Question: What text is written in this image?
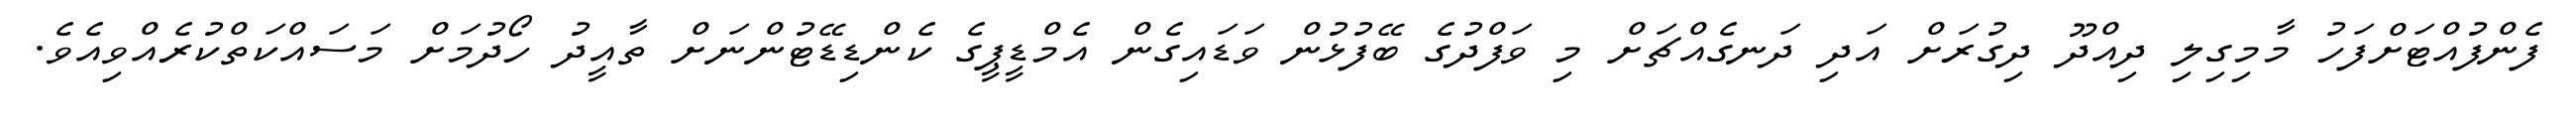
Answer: ފެންފުއްޓަށްފަހު މާމިގިލި ދިއްދޫ ދިގުރަށް އަދި ދަނގެއްޗަށް މި ވަފްދުގެ ބޭފުޅުން ވަޑައިގެން އެމްޑީޕީގެ ކެންޑިޑޭޓުންނަށް ތާއީދު ހޯދުމަށް މަސައްކަތްކުރެއްވިއެވެ.